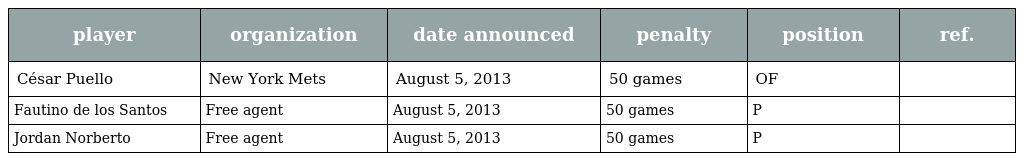
| player | organization | date announced | penalty | position | ref. |
 | --- | --- | --- | --- | --- | --- |
 | César Puello | New York Mets | August 5, 2013 | 50 games | OF |  |
 | Fautino de los Santos | Free agent | August 5, 2013 | 50 games | P |  |
 | Jordan Norberto | Free agent | August 5, 2013 | 50 games | P |  |